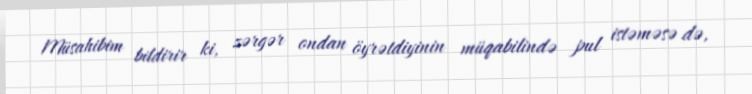
Müsahibim bildirir ki, zərgər ondan öyrətdiyinin müqabilində pul istəməsə də,